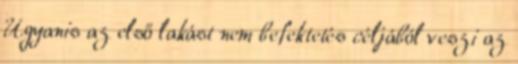
Ugyanis az első lakást nem befektetés céljából veszi az